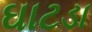
ઘાટડા